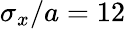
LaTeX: \sigma_{x}/a=12